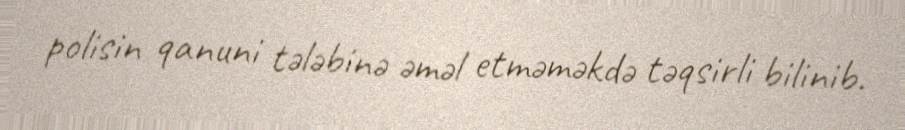
polisin qanuni tələbinə əməl etməməkdə təqsirli bilinib.